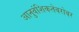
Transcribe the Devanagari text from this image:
आनुवंशिकतेबरोबर